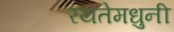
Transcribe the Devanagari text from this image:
रयतेमधुनी